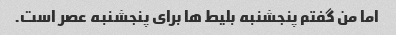
اما من گفتم پنجشنبه بلیط ها برای پنجشنبه عصر است.